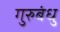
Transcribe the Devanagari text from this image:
गुरुबंधु